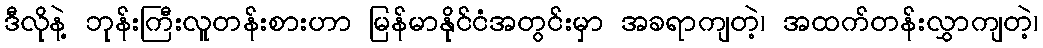
ဒီလိုနဲ့ ဘုန်းကြီးလူတန်းစားဟာ မြန်မာနိုင်ငံအတွင်းမှာ အခရာကျတဲ့၊ အထက်တန်းလွှာကျတဲ့၊